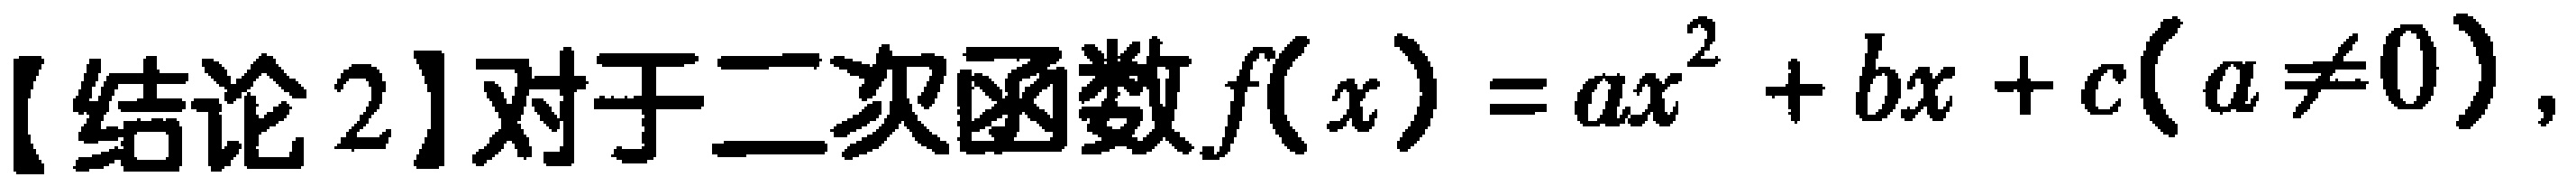
【结论 2】对于二次函数\(f(x)=ax^{2}+bx + c(a\neq0)\)，